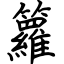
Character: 籮